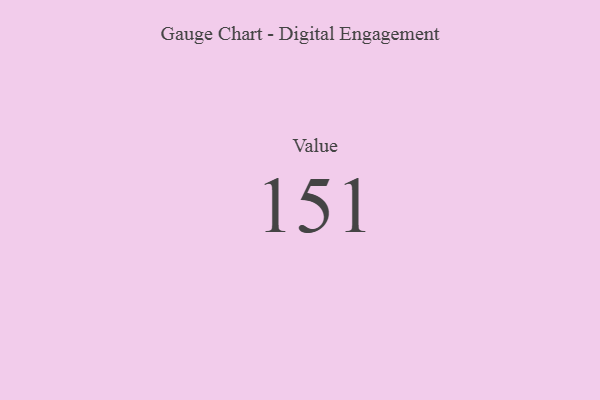
{"axis": {"x": "Metric", "y": "Value"}, "legend": [""], "data": [{"x": "Value", "y": 151, "type": ""}]}